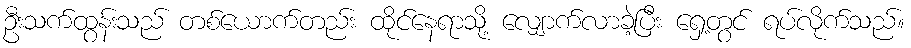
ဦးသက်ထွန်းသည် တစ်ယောက်တည်း ထိုင်နေရာသို့ လျှောက်လာခဲ့ပြီး ရှေ့တွင် ရပ်လိုက်သည်။